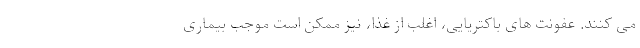
می کنند. عفونت های باکتریایی، اغلب از غذا، نیز ممکن است موجب بیماری